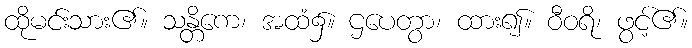
ထိုမင်းသား၏။ သန္တိကေ၊ အထံ၌။ ဌပေတွာ၊ ထား၍။ ဝီဝရိ၊ ဖွင့်၏။